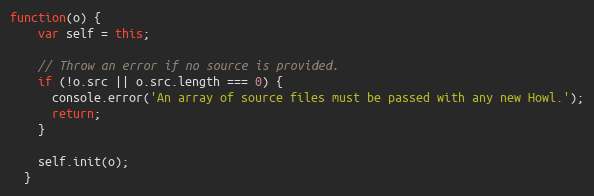
Language: JavaScript
function(o) {
    var self = this;

    // Throw an error if no source is provided.
    if (!o.src || o.src.length === 0) {
      console.error('An array of source files must be passed with any new Howl.');
      return;
    }

    self.init(o);
  }